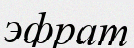
эфрат